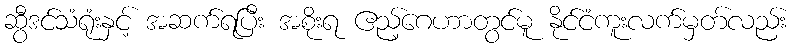
ဆွီဒင်သံရုံးနှင့် အဆက်ရပြီး အစိုးရ ဧည့်ဂေဟာတွင်မူ နိုင်ငံကူးလက်မှတ်လည်း